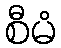
စီမံ